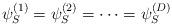
LaTeX: \begin{align*}\psi_S^{(1)}=\psi_S^{(2)}=\cdots=\psi_S^{(D)}\end{align*}